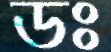
ডঃ